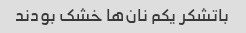
باتشکر یکم نان‌ها خشک بودند